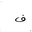
Letter: _fa